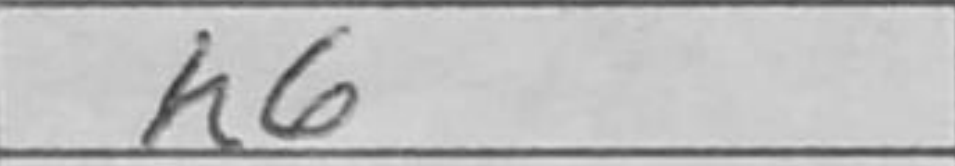
Transcription: h6